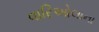
વારિઓલાના